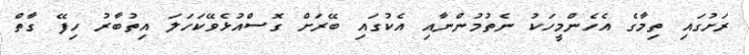
ރަށުގައި ތިމާގެ އެހެންމީހަކު ނެތުމުންނާއި އެކުގައި ބޭރަށް ގޮސްއުޅެވޭކަހަލަ އިތުބާރު ހިފޭ ގާތް